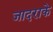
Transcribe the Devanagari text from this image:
जादराके